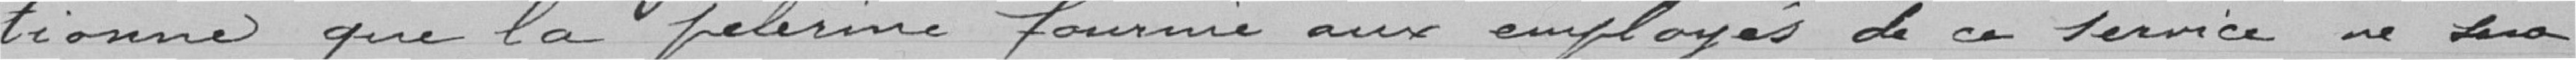
tionne que la pelerine fournie aux employés de ca service de Luca